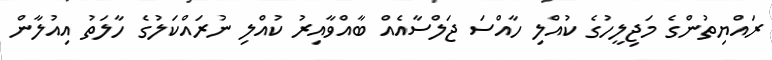
ރައްޔިތުންގެ މަޖިލީހުގެ ކުއްލި ހާއްސަ ޖަލްސާއެއް ބާއްވާއިރު ކުއްލި ނުރައްކަލުގެ ހާލަތު އިއުލާން